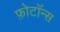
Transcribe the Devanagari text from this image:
फ़ोटॉन्स